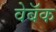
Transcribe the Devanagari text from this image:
वेबॅक